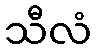
သီလံ